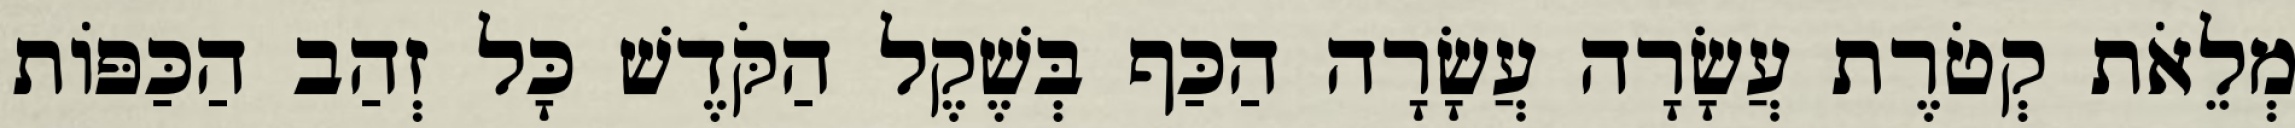
מְלֵאֹת קְטֹרֶת עֲשָׂרָה עֲשָׂרָה הַכַּף בְּשֶׁקֶל הַקֹּדֶשׁ כָּל זְהַב הַכַּפּוֹת